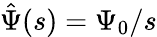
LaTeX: \hat{\Psi}(s)=\Psi_{0}/s